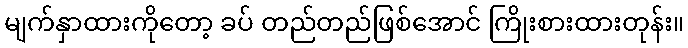
မျက်နှာထားကိုတော့ ခပ် တည်တည်ဖြစ်အောင် ကြိုးစားထားတုန်း။